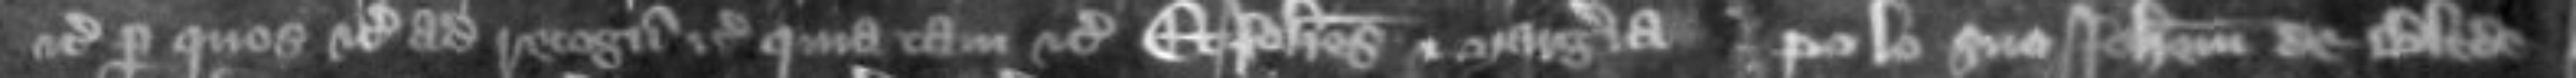
etc per quos etc ad recognoscendum etc quia tam etc Et Johannes et Margeria pro loco suo Johannem de Blede